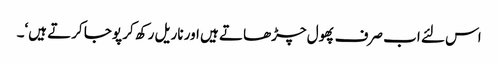
اس لئے اب صرف پھول چڑھاتے ہیں اور ناریل رکھ کر پوجا کرتے ہیں‘۔